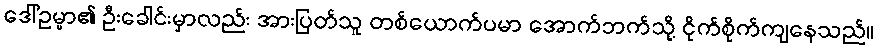
ဒေါ်ဥမ္မာ၏ ဦးခေါင်းမှာလည်း အားပြတ်သူ တစ်ယောက်ပမာ အောက်ဘက်သို့ ငိုက်စိုက်ကျနေသည်။